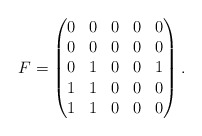
\begin{align*}F=\begin{pmatrix}0 & 0 & 0 & 0 & 0\\0 & 0 & 0 & 0 & 0\\0 & 1 & 0 & 0 & 1\\1 & 1 & 0 & 0 & 0\\1 & 1 & 0 & 0 & 0\\\end{pmatrix}.\end{align*}